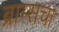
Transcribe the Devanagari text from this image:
ब्राम्सचा